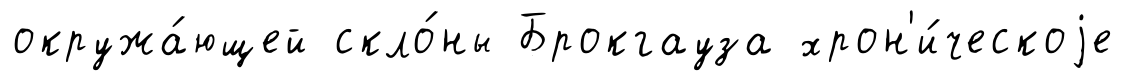
окружа́ющей скло́ны Брокгауза хрон'и́ческоjе